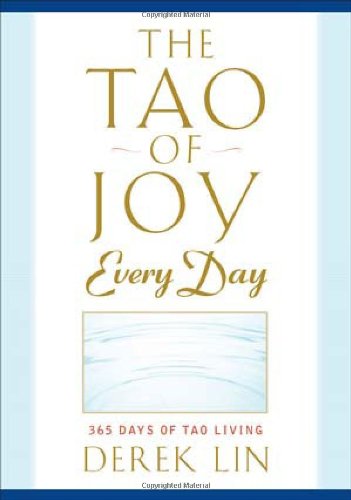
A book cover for The Tao of Joy Every Day: 365 Days of Tao Living; Derek Lin; Religion & Spirituality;